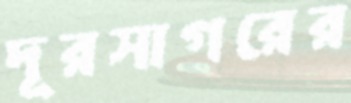
দূরসাগরের